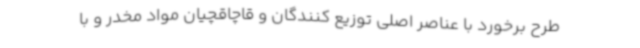
طرح برخورد با عناصر اصلی توزیع کنندگان و قاچاقچیان مواد مخدر و با